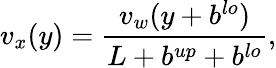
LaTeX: v_{x}(y)=\frac{v_{w}(y+b^{lo})}{L+b^{up}+b^{lo}},